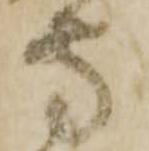
守